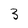
Character: 3